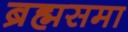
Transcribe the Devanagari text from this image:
ब्रह्मसमा